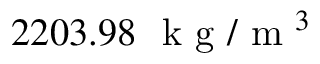
2 2 0 3 . 9 8 ~ \mathrm { ~ k ~ g ~ } / \mathrm { ~ m ~ } ^ { 3 }